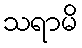
သရာမိ